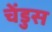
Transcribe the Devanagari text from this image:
चेंडुस